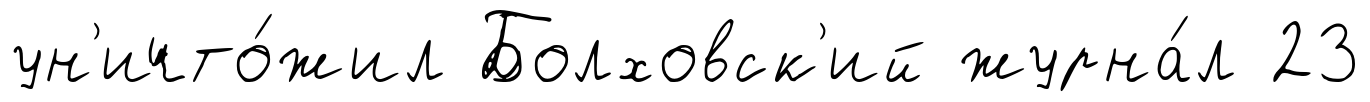
ун'ичто́жил Болховск'ий журна́л 23